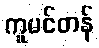
ကူမင်တန်